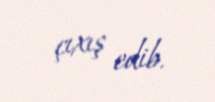
çıxış edib.